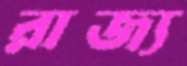
রাজ্য